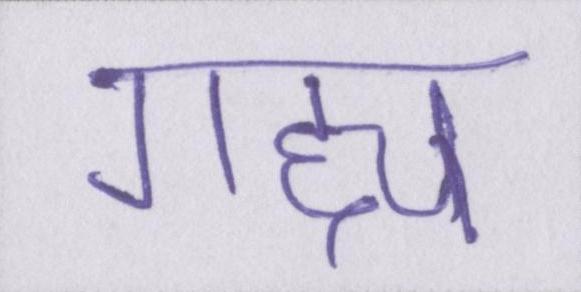
गद्द्य